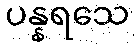
ပန္နရသေ